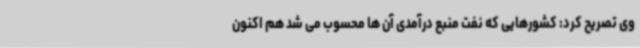
وی تصریح کرد: کشورهایی که نفت منبع درآمدی آن ها محسوب می شد هم اکنون